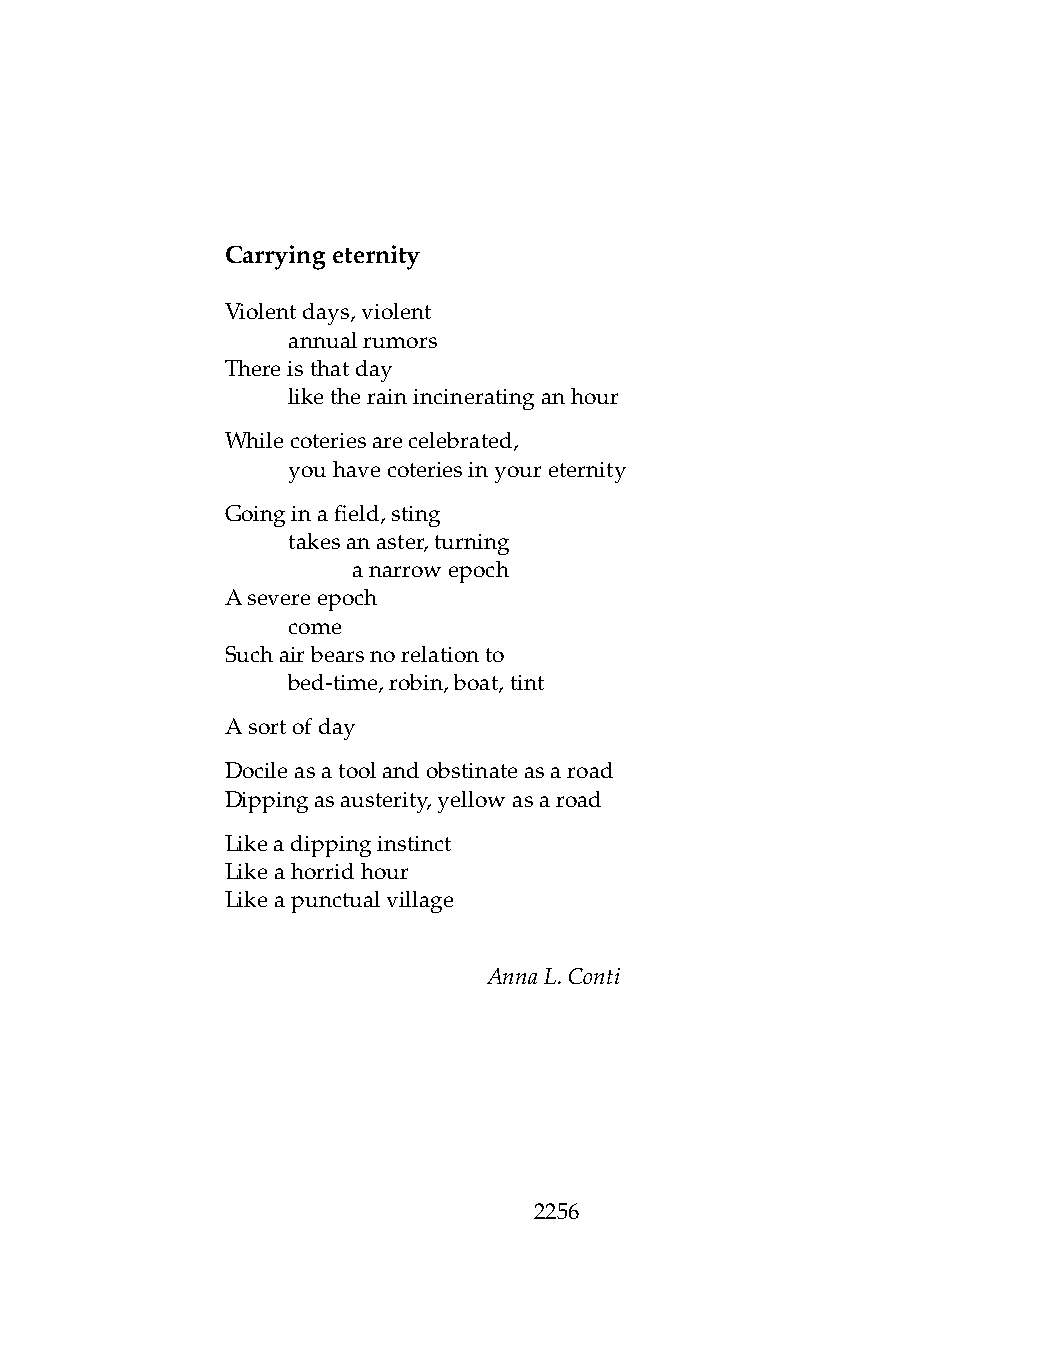
Carryingeternity
 Violentdays,violent
 .   annualrumors
 Thereisthatday
 .   liketherainincineratinganhour
 Whilecoteriesarecelebrated,
 .   youhavecoteriesinyoureternity
 Goinginafield,sting
 .   takesanaster,turning
 .   .   anarrowepoch
 Asevereepoch
 .   come
 Suchairbearsnorelationto
 .   bed-time,robin,boat,tint
 Asortofday
 Docileasatoolandobstinateasaroad
 Dippingasausterity,yellowasaroad
 Likeadippinginstinct
 Likeahorridhour
 Likeapunctualvillage
 AnnaL.Conti
 2256